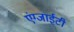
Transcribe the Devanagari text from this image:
एंग्जाईटी